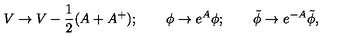
V \to V - \frac { 1 } { 2 } ( A + A ^ { + } ) ; \qquad \phi \to e ^ { A } \phi ; \qquad \tilde { \phi } \to e ^ { - A } \tilde { \phi } ,